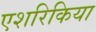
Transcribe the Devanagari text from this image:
एशरिकिया